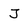
Character: J